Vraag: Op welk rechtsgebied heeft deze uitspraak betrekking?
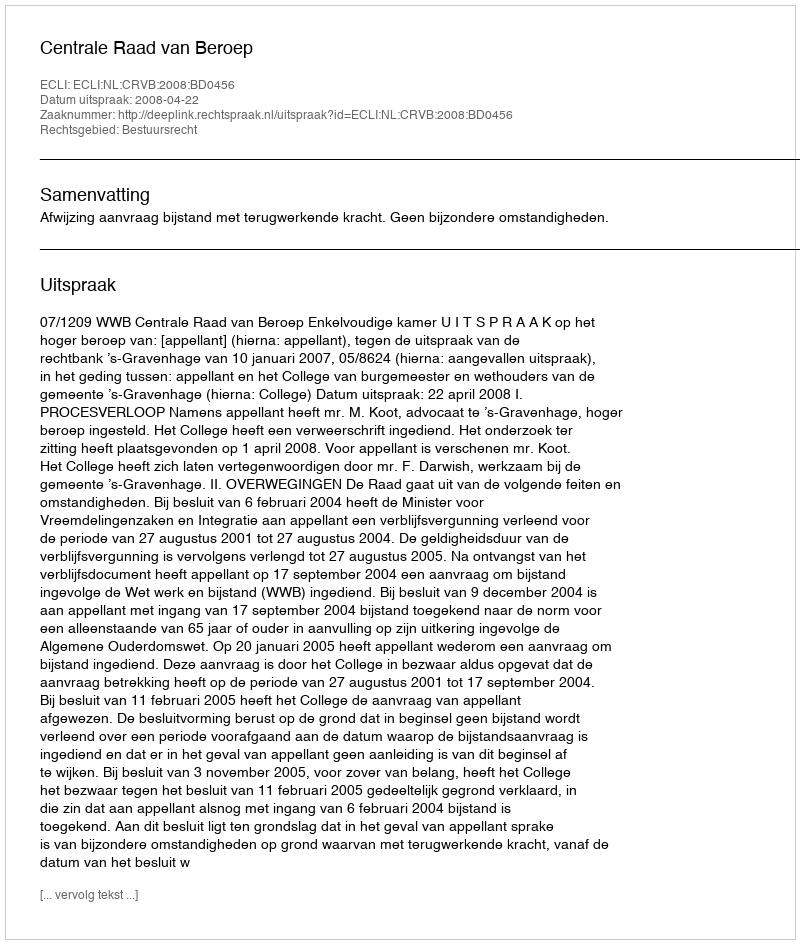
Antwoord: Bestuursrecht